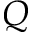
Q